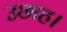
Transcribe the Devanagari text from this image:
उछाह।